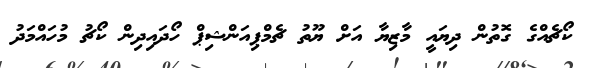
ކޯޗެއްގެ ގޮތުން ދިޔައީ މާޒިޔާ އަށް ޔޫތު ޗެމްޕިއަންޝިޕް ހޯދައިދިން ކޯޗު މުހައްމަދު